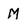
Character: M